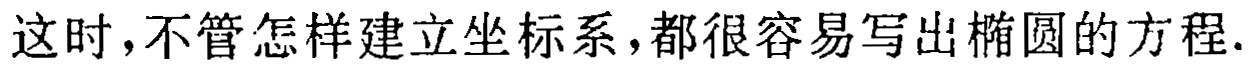
这时,不管怎样建立坐标系,都很容易写出椭圆的方程.